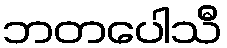
ဘတပေါသီ